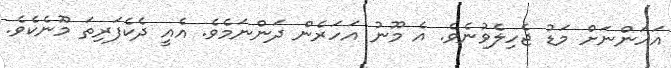
އަހަންނަށް މަޑު ޖެހިލެވުނެވެ. އެ މޫނު އަހަރެން ދަންނަމެވެ. އެއީ ދެކެފަރިތަ މޫނެކެވެ.